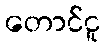
တောင်ငူ